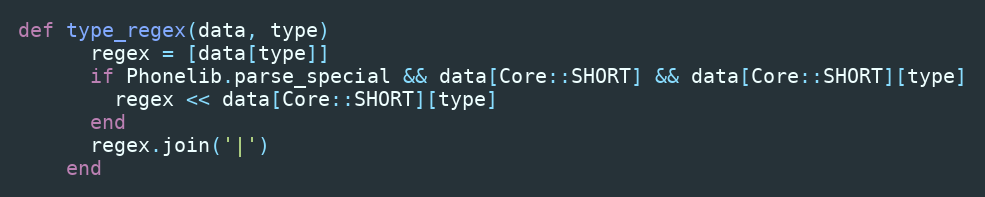
Language: Ruby
def type_regex(data, type)
      regex = [data[type]]
      if Phonelib.parse_special && data[Core::SHORT] && data[Core::SHORT][type]
        regex << data[Core::SHORT][type]
      end
      regex.join('|')
    end